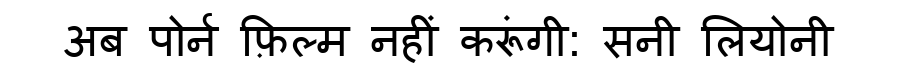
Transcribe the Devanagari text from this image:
अब पोर्न फ़िल्म नहीं करूंगी: सनी लियोनी